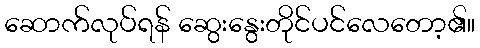
ဆောက်လုပ်ရန် ဆွေးနွေးတိုင်ပင်လေတော့၏။